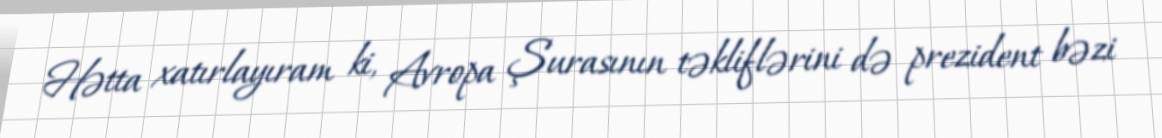
Hətta xatırlayıram ki, Avropa Şurasının təkliflərini də prezident bəzi